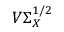
V \Sigma _ { X } ^ { 1 / 2 }